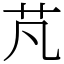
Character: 芃